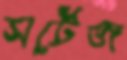
সর্টেজ